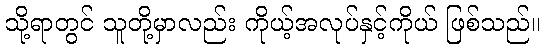
သို့ရာတွင် သူတို့မှာလည်း ကိုယ့်အလုပ်နှင့်ကိုယ် ဖြစ်သည်။